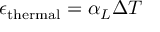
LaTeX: \epsilon _ { \mathrm { t h e r m a l } } = \alpha _ { L } \Delta T